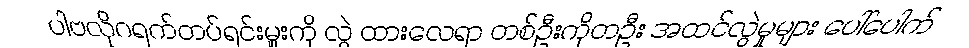
ပါဗလိုဂရက်တပ်ရင်းမှူးကို လွှဲ ထားလေရာ တစ်ဦးကိုတဦး အထင်လွဲမှုများ ပေါ်ပေါက်